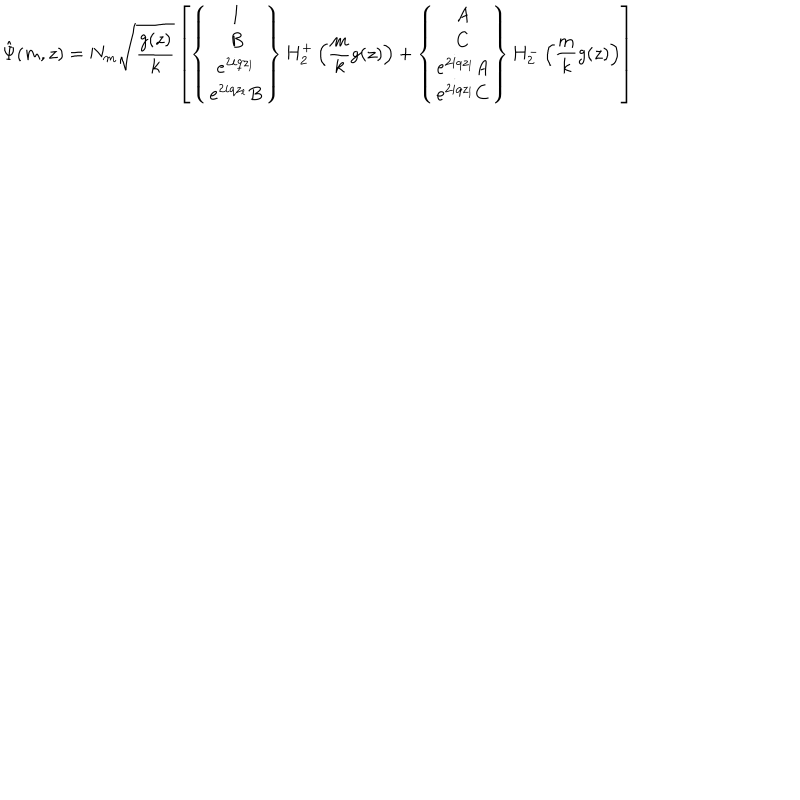
\hat { \Psi } ( m , z ) = N _ { m } \sqrt { \frac { g ( z ) } { k } } \left[ \left\{ \begin{array} { c } { { 1 } } \\ { { B } } \\ { { e ^ { 2 i q z _ { l } } } } \\ { { e ^ { 2 i q z _ { l } } B } } \\ \end{array} \right\} H _ { 2 } ^ { + } \left( \frac { m } { k } g ( z ) \right) + \left\{ \begin{array} { c } { { A } } \\ { { C } } \\ { { e ^ { 2 i q z _ { l } } A } } \\ { { e ^ { 2 i q z _ { l } } C } } \\ \end{array} \right\} H _ { 2 } ^ { - } \left( \frac { m } { k } g ( z ) \right) \right]